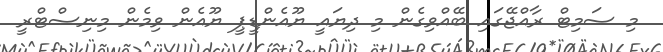
މި ސަމިޓް ރާއްޖޭގައި ބޭއްވިގެން މި ދިޔައީ ޔޫއެންޑީޕީ ޔޫއެން ވިމެން މިނިސްޓްރީ